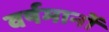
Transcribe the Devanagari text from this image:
वर्षमानों